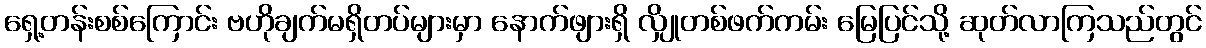
ရှေ့တန်းစစ်ကြောင်း ဗဟိုချက်မရှိတပ်များမှာ နောက်ဖျားရှိ လျှိုတစ်ဖက်ကမ်း မြေပြင်သို့ ဆုတ်လာကြသည်တွင်